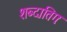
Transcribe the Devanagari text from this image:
शब्दातिगः